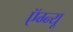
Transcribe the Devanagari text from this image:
ऍग्न्यू